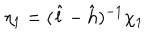
\eta _ { 1 } = ( \hat { l } - \hat { h } ) ^ { - 1 } \chi _ { 1 }